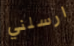
ارسلني